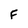
Character: F